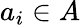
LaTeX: a_{i}\in A